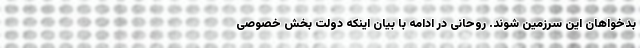
بدخواهان این سرزمین شوند. روحانی در ادامه با بیان اینکه دولت بخش خصوصی